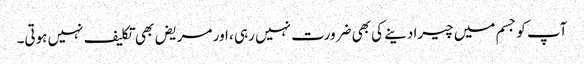
آپ کو جسم میں چیرا دینے کی بھی ضرورت نہیں رہی ، اور مریض بھی تکلیف نہیں ہوتی۔